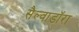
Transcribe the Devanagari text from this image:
सैल्वाडॉरा